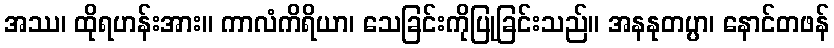
အဿ၊ ထိုရဟန်းအား။ ကာလံကိရိယာ၊ သေခြင်းကိုပြုခြင်းသည်။ အနနုတပ္ပာ၊ နောင်တဖန်